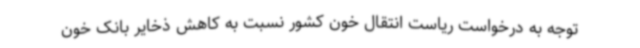
توجه به درخواست ریاست انتقال خون کشور نسبت به کاهش ذخایر بانک خون